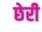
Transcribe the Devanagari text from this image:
छेरी